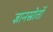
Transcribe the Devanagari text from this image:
ज्ञानस्रोतों